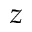
z